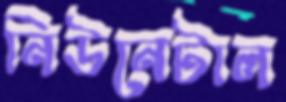
নিউনেটাল